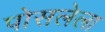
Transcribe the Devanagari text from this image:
पोसलेला